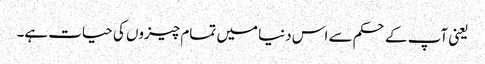
یعنی آپ کے حکم سے اس دنیا میں تمام چیزوں کی حیات ہے۔